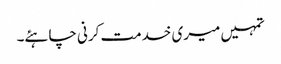
تمہیں میری خدمت کرنی چاہئے۔